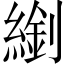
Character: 𦄈